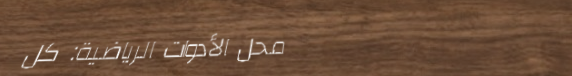
محل الأدوات الرياضية: كل